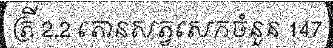
ត្រី 2.2 តោនសត្វសេកចំនួន 147